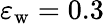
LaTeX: \varepsilon_{\mathrm{w}}=0.3